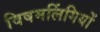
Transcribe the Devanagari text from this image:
विषमलिंगियों